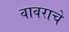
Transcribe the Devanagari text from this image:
वावराचे